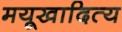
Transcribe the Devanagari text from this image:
मयूखादित्य